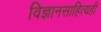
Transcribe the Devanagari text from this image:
विज्ञानसाहित्यही